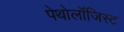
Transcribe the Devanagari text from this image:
पेथोलॉजिस्ट